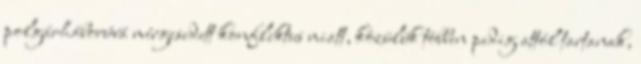
polgárháborúvá mérgesedett konfliktus miatt, közülük többen pedig attól tartanak,